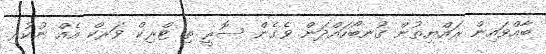
ބާއްވައިން ރައްޔިތުން ގުނބޯހައްދަން ވެގެން ސޮރީ ތި ޓްރިކް ވަރކް އެއް ނުކުރި